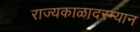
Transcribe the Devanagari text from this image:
राज्यकाळादरम्यान